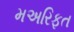
મઅરિફત